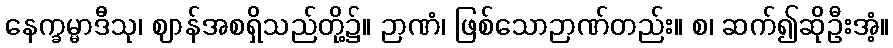
နေက္ခမ္မာဒီသု၊ ဈာန်အစရှိသည်တို့၌။ ဉာဏံ၊ ဖြစ်သောဉာဏ်တည်း။ စ၊ ဆက်၍ဆိုဦးအံ့။